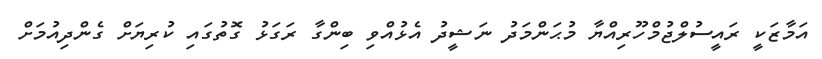
އަމާޒަކީ ރައީސުލްޖުމްހޫރިއްޔާ މުޙަންމަދު ނަޝީދު އެޅުއްވި ބިންގާ ރަގަޅު ގޮތުގައި ކުރިޔަށް ގެންދިއުމަށް